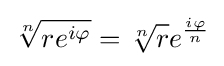
{\sqrt[{n}]{re^{i\varphi }}}={\sqrt[{n}]{r}}e^{i\varphi  \over n}